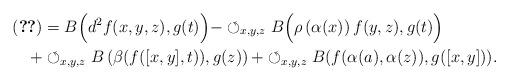
LaTeX: \begin{align*}\eqref{1cohomologyOct14}&=B\Big(d^2f(x,y,z),g(t)\Big)-\circlearrowleft_{x,y,z}B\Big(\rho\left( \alpha(x)\right) f(y,z),g(t)\Big)\\+&\circlearrowleft_{x,y,z}B\left(\beta( f([x,y],t)),g(z)\right) +\circlearrowleft_{x,y,z}B(f(\alpha(a),\alpha(z)),g([x,y])). \end{align*}